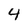
Character: 4